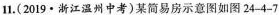
11.(2019·浙江温州中考)某简易房示意图如图24-4-7